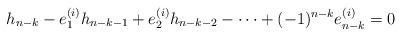
LaTeX: \begin{align*}h_{n-k} - e_1^{(i)} h_{n-k-1} + e_2^{(i)} h_{n-k-2} - \dots + (-1)^{n-k} e_{n-k}^{(i)} = 0\end{align*}